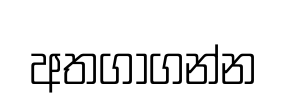
අතගාගන්න